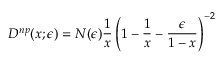
D ^ { n p } ( x ; \epsilon ) = N ( \epsilon ) { \frac { 1 } { x } } \left( 1 - { \frac { 1 } { x } } - { \frac { \epsilon } { 1 - x } } \right) ^ { - 2 }